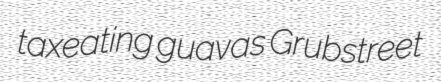
taxeating guavas Grubstreet